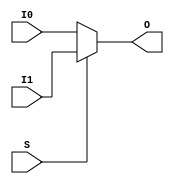
// $Header: /devl/xcs/repo/env/Databases/CAEInterfaces/verunilibs/s/MUXF6.v,v 1.8.22.1 2003/11/18 20:41:37 wloo Exp $

/*

FUNCTION	: 2 to 1 Multiplexer for Carry Logic

*/

`timescale  100 ps / 10 ps


module MUXF6 (O, I0, I1, S);

    output O;
    reg    o_out;

    input  I0, I1, S;

    buf B1 (O, o_out);

	always @(I0 or I1 or S) begin
	    if (S)
		o_out <= I1;
	    else
		o_out <= I0;
	end

    specify
	(I0 => O) = (0, 0);
	(I1 => O) = (0, 0);
	(S  => O) = (0, 0);
    endspecify

endmodule